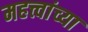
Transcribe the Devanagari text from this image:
महत्त्वांच्या